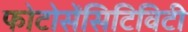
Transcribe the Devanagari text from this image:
फोटोसेंसिटिविटी